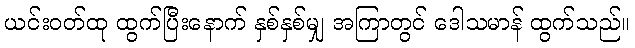
ယင်းဝတ်ထု ထွက်ပြီးနောက် နှစ်နှစ်မျှ အကြာတွင် ဒေါသမာန် ထွက်သည်။